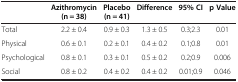
<table><thead><tr><td><b> </b></td><td><b>Azithromycin (n = 38)</b></td><td><b>Placebo (n = 41)</b></td><td><b>Difference</b></td><td><b>95% CI</b></td><td><b>p Value</b></td></tr></thead><tbody><tr><td>Total</td><td>2.2 ± 0.4</td><td>0.9 ± 0.3</td><td>1.3 ± 0.5</td><td>0.3;2.3</td><td>0.01</td></tr><tr><td>Physical</td><td>0.6 ± 0.1</td><td>0.2 ± 0.1</td><td>0.4 ± 0.2</td><td>0.1;0.8</td><td>0.01</td></tr><tr><td>Psychological</td><td>0.8 ± 0.1</td><td>0.3 ± 0.1</td><td>0.5 ± 0.2</td><td>0.2;0.9</td><td>0.006</td></tr><tr><td>Social</td><td>0.8 ± 0.2</td><td>0.4 ± 0.2</td><td>0.4 ± 0.2</td><td>0.01;0.9</td><td>0.046</td></tr></tbody></table>